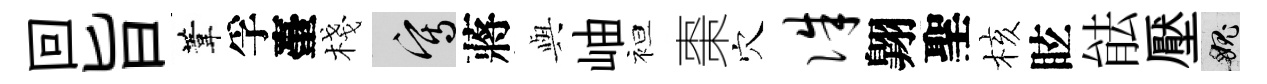
回旨葦孚臺棧寫蔣𫤰岫袒棗穴侏翺聖核眩䏻壓愧